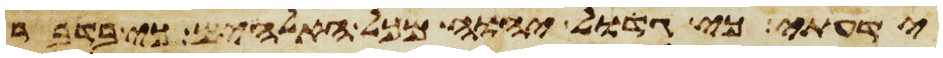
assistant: ידעתי כי גדול יהוה מכל האלהים כי בדבר